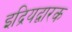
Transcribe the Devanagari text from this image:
इद्रियद्वारक